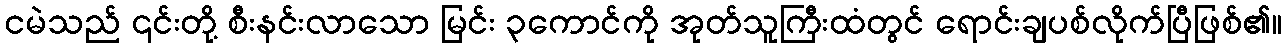
ငမဲသည် ၎င်းတို့ စီးနင်းလာသော မြင်း ၃ကောင်ကို အုတ်သူကြီးထံတွင် ရောင်းချပစ်လိုက်ပြီဖြစ်၏။